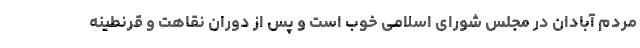
مردم آبادان در مجلس شورای اسلامی خوب است و پس از دوران نقاهت و قرنطینه